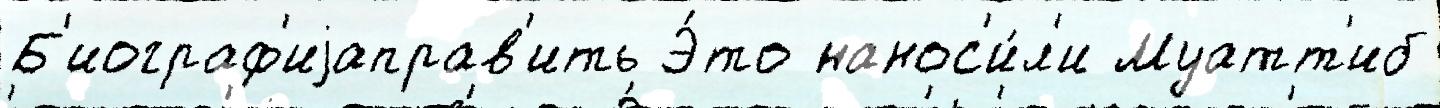
Б'иограф'иjаправ'ить Э́то нанос'и́л'и Муатт'иб